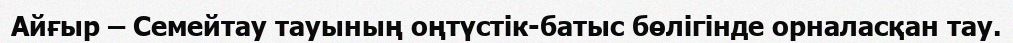
Айғыр – Семейтау тауының оңтүстік-батыс бөлігінде орналасқан тау.